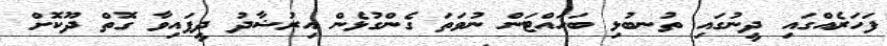
ފަހަރެއްގައި ދީނުގައި ތުނބުޅި ބަހައްޓަން ނުވަތަ ގެންގުޅެން އިރުޝާދު ދީފައިވާ ގޮތް ދޫކޮށް